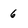
Character: 6